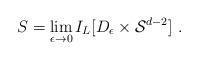
LaTeX: \begin{align*}S = \lim_{\epsilon \rightarrow 0} I_{L} [D_{\epsilon} \times{\cal S}^{d-2}] \ .\end{align*}